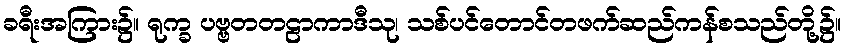
ခရီးအကြား၌။ ရုက္ခ ပဗ္ဗတတဠာကာဒီသု၊ သစ်ပင်တောင်တဖက်ဆည်ကန်စသည်တို့၌။